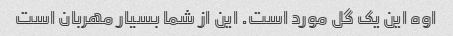
اوه این یک گل مورد است. این از شما بسیار مهربان است